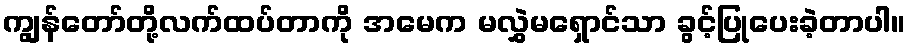
ကျွန်တော်တို့လက်ထပ်တာကို အမေက မလွှဲမရှောင်သာ ခွင့်ပြုပေးခဲ့တာပါ။